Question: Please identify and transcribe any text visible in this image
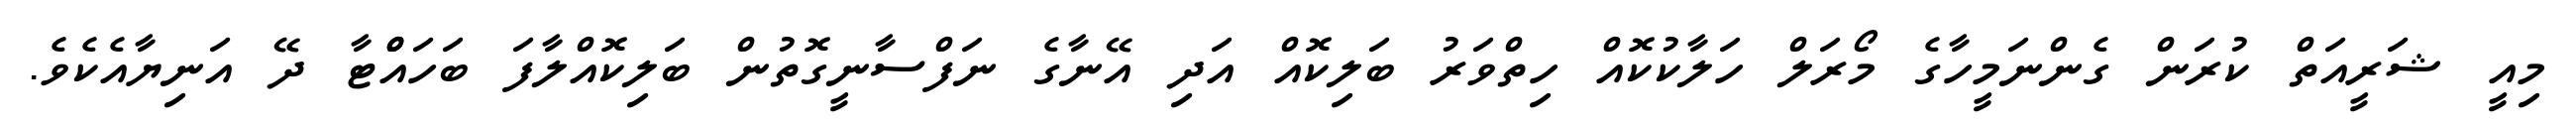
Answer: މިއީ ޝަރީއަތް ކުރަން ގެންނަމީހާގެ މޯރަލް ހަލާކުކޮއް ހިތްވަރު ބަލިކޮއް އަދި އޭނާގެ ނަފްސާނީގޮތުން ބަލިކޮއްލާފަ ބަހައްްޓާ ދޭ އަނިޔާއެކެވެ.